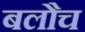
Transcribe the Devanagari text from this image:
बलौच